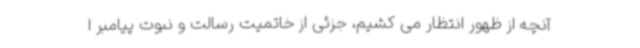
آنچه از ظهور انتظار می کشیم، جزئی از خاتمیت رسالت و نبوت پیامبر ا